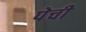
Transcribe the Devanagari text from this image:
पेची